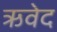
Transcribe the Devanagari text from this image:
ऋवेद